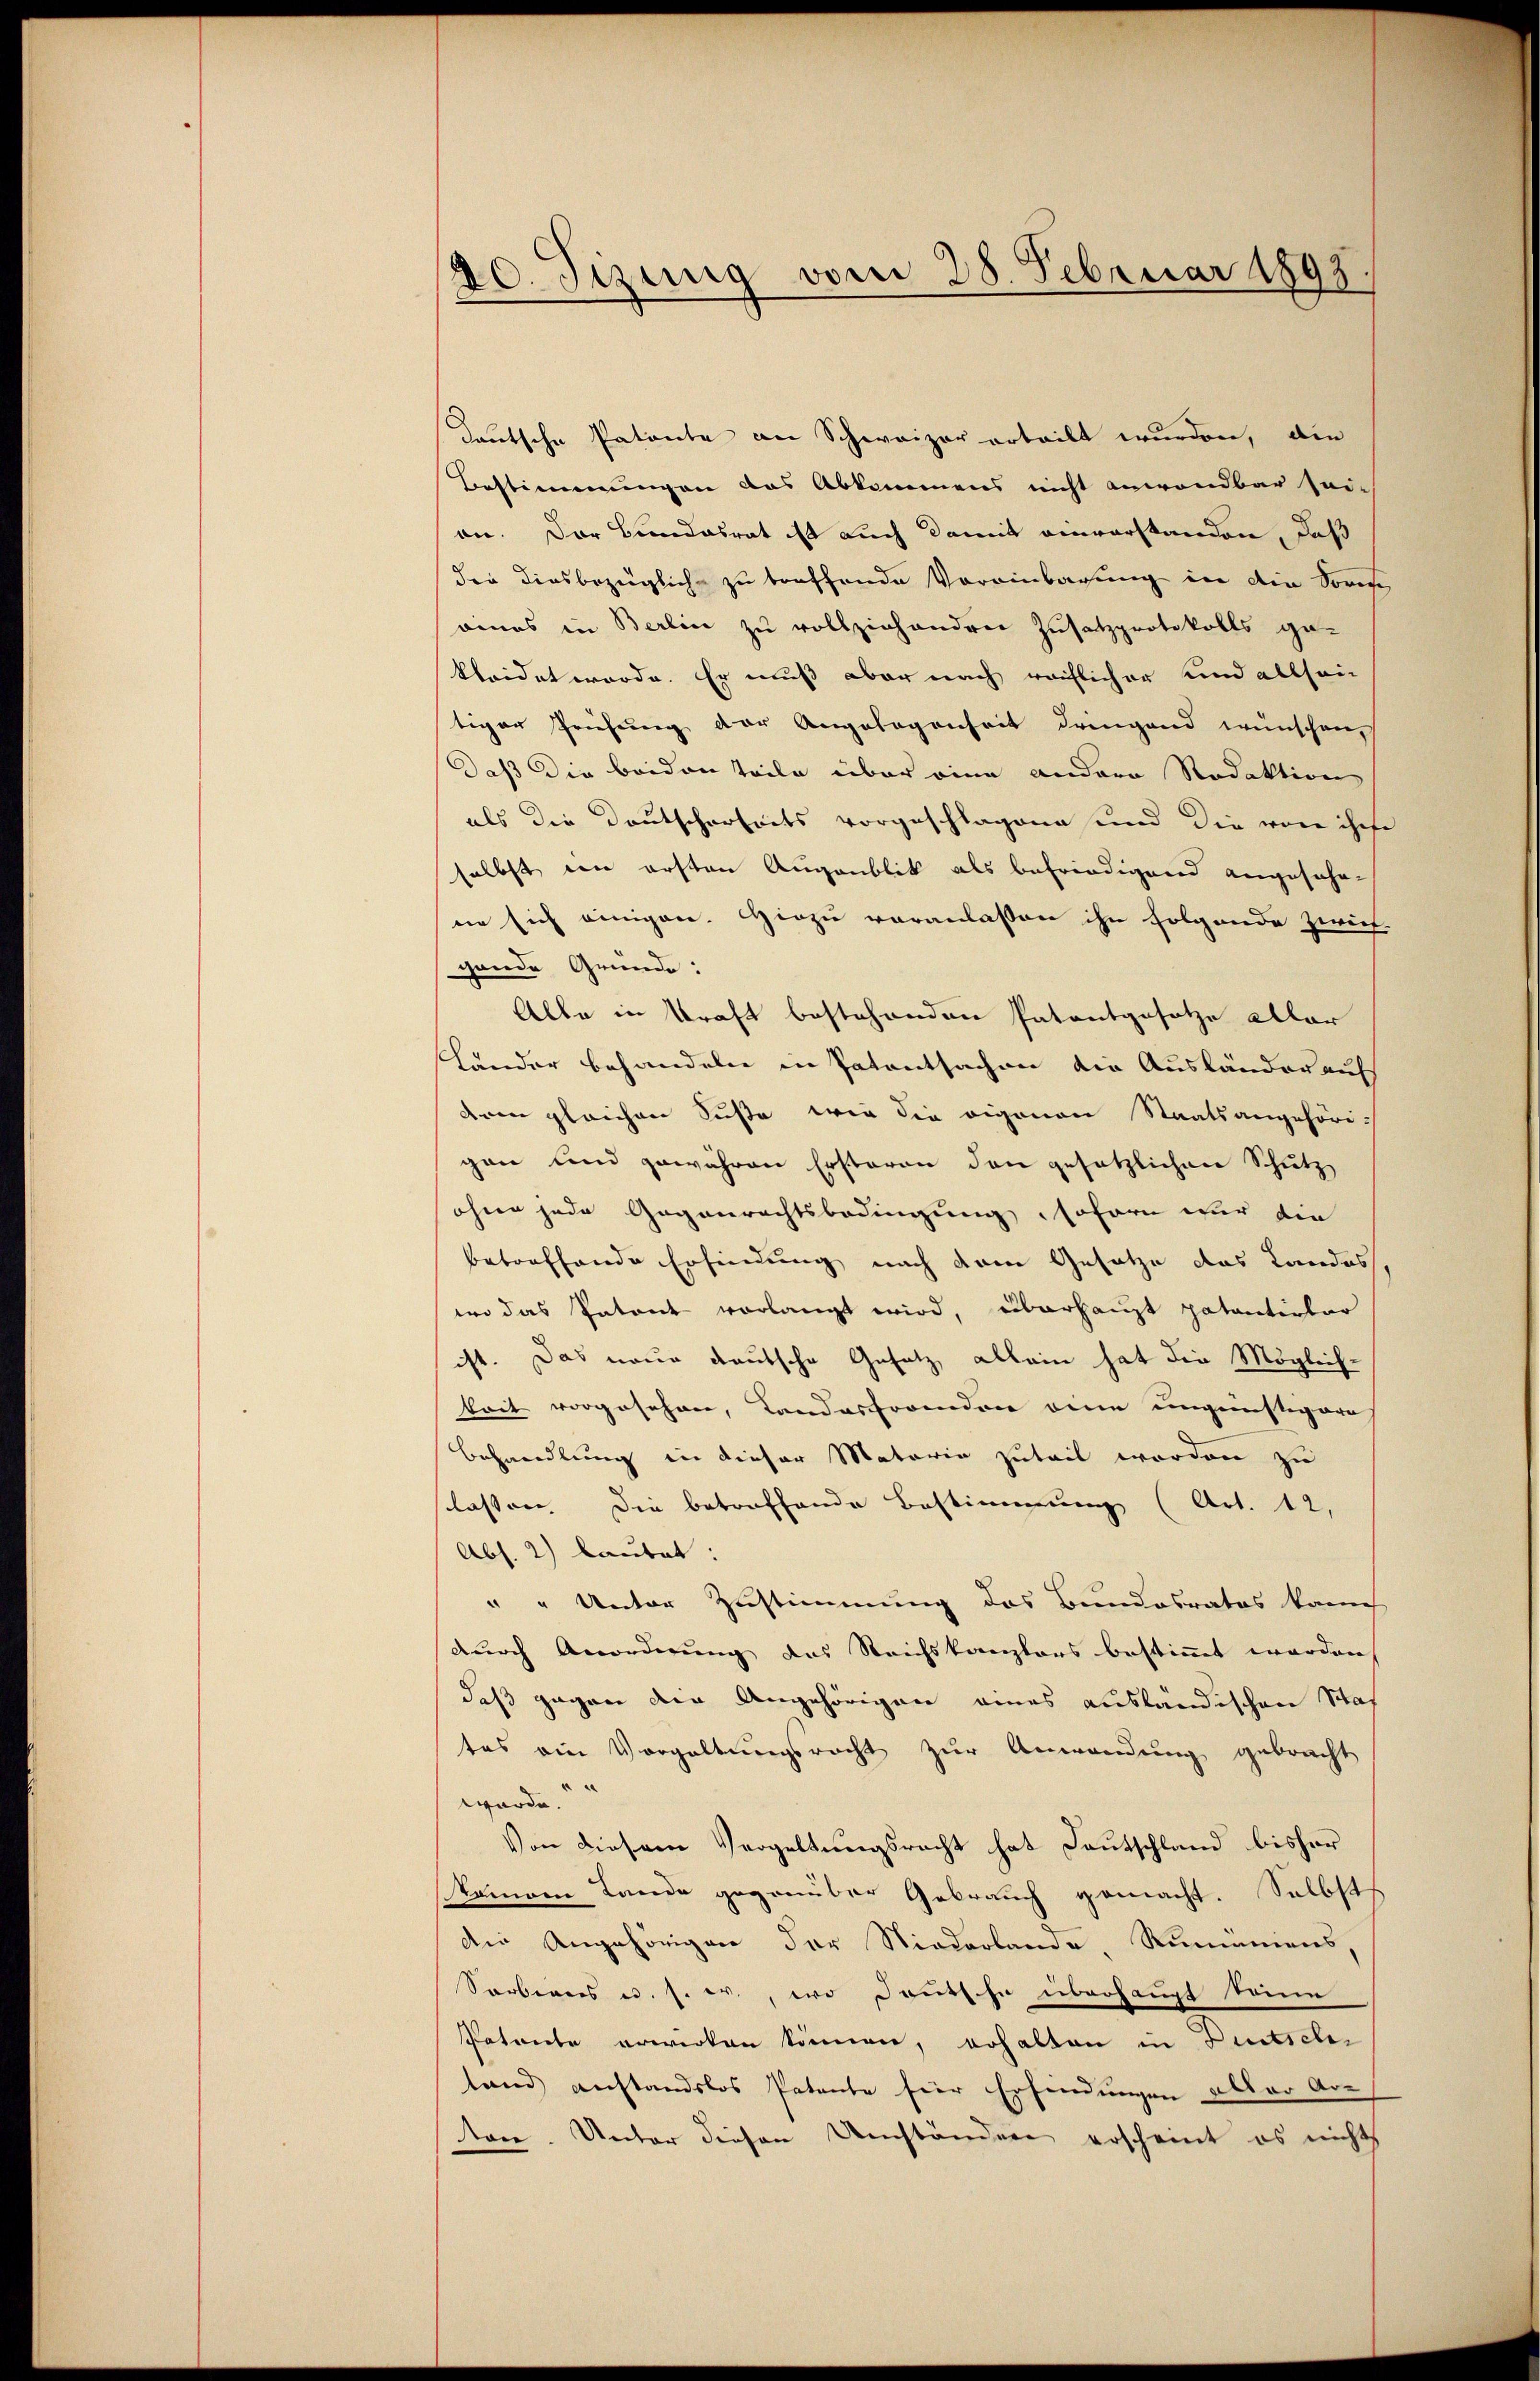
20. Tizung vom 28. Februar 1893.

Teutsche Patente an Schweizer erteilt wurden, die
Bestimmungen das Abkommens nicht anwendbar sei-
an. Der Bundesrat ist auch damit einverstanden, daß
dee diesbezügliche zu treffende Voreinbarung in die Sores,
aies in Berlin zu vollziehanderer Zusatzprotokolls ge-
kleidet werde. Er muß aber nach reiflicher und allsein
tiger Prüfung der Angelegenheit dringend wünschen
Daß die beiden Teile über eine andere Redaktion
als die Deutscherheits vorgeschlagene und die von ihre
selbst wie ersten Augenblik als befriedigend angesehene sich einigen. Hiezu veranlassen ihn folgende Zwick-
gande Gründe:
Alle in kraft bestehenden Patentgesetze aller
Länder behandeln in Patentsachen die Ausländer auf
dem gleichen Suße wie die eigenen Staatsangehöre
gen und gewähren Ersteren den gesetzlichen Schutz,
ohne jede Gegenrechtsbedingung, soforn wir die
betreffende Erfindung nach dem Gesetze das Landes
wo das Patent vorlangt wird, überhaupt patentirter
ist. Das neue deutsche Gesetz, allein hat die Möglichkeit vorgesehen, Landesforden eine ungenstigere
Behandlung in dieser Mataria zuteil worden zu
sclassen. Die betreffende Bestimmung (Art. 12,
Abs. 2) lautet:
" " Unter Zustimmung des Bundesrates kann
durch Anordnung des Reichskanzlers bestimmt worden
daß gegen die Angehörigen eines ausländischen Staf
tes ein Vorgaltungsrecht zur Anwendung gebracht
würde.
Von diesem Vergeltungsrecht hat Deutschland bisher
kamen Lande gegenüber Gebrauch gemacht. Selbst
Die Angehörigen der Niederlande, Rummmens,
Sarbigers u. s. er, wo Deutsche überhaupt seine
Patente erwirken können, erhalten in Deutschr
tand anstandslos Patente für Erfindungen aller Ar-
tone. Unter diesen Umständen erscheint es nicht